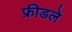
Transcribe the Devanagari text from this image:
फ्रीडले